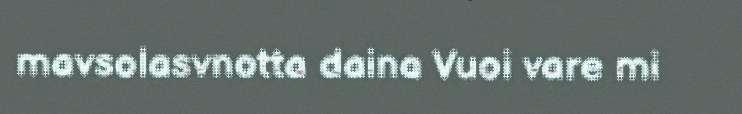
mavsolasvnotta daina Vuoi vare mi